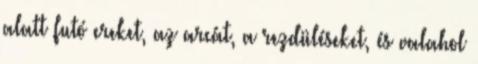
alatt futó ereket, az arcát, a rezdüléseket, és valahol